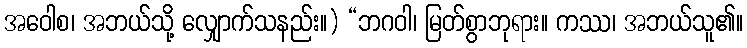
အဝေါစ၊ အဘယ်သို့ လျှောက်သနည်း။) “ဘဂဝါ၊ မြတ်စွာဘုရား။ ကဿ၊ အဘယ်သူ၏။